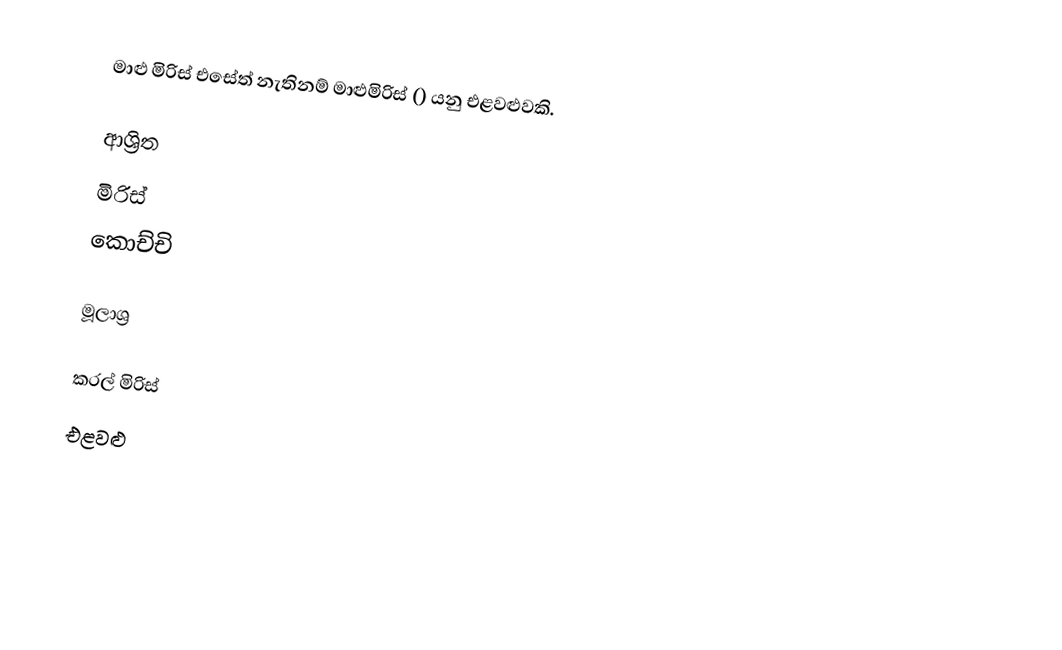
මාළු මිරිස් එසේත් නැතිනම් මාළුමිරිස් () යනු එළවළුවකි.

ආශ්‍රිත
 මිරිස්
 කොච්චි

මූලාශ්‍ර

කරල් මිරිස්
එළවළු